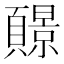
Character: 𫖧